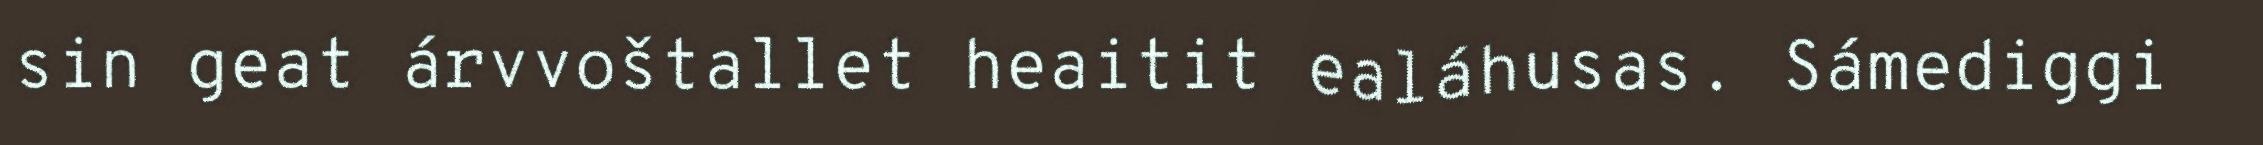
sin geat árvvoštallet heaitit ealáhusas. Sámediggi